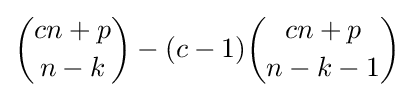
{\binom {cn+p}{n-k}}-(c-1){\binom {cn+p}{n-k-1}}